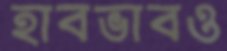
হাবভাবও